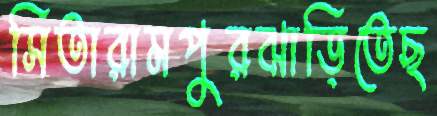
সিতারামপুরঝাড়িতেছ